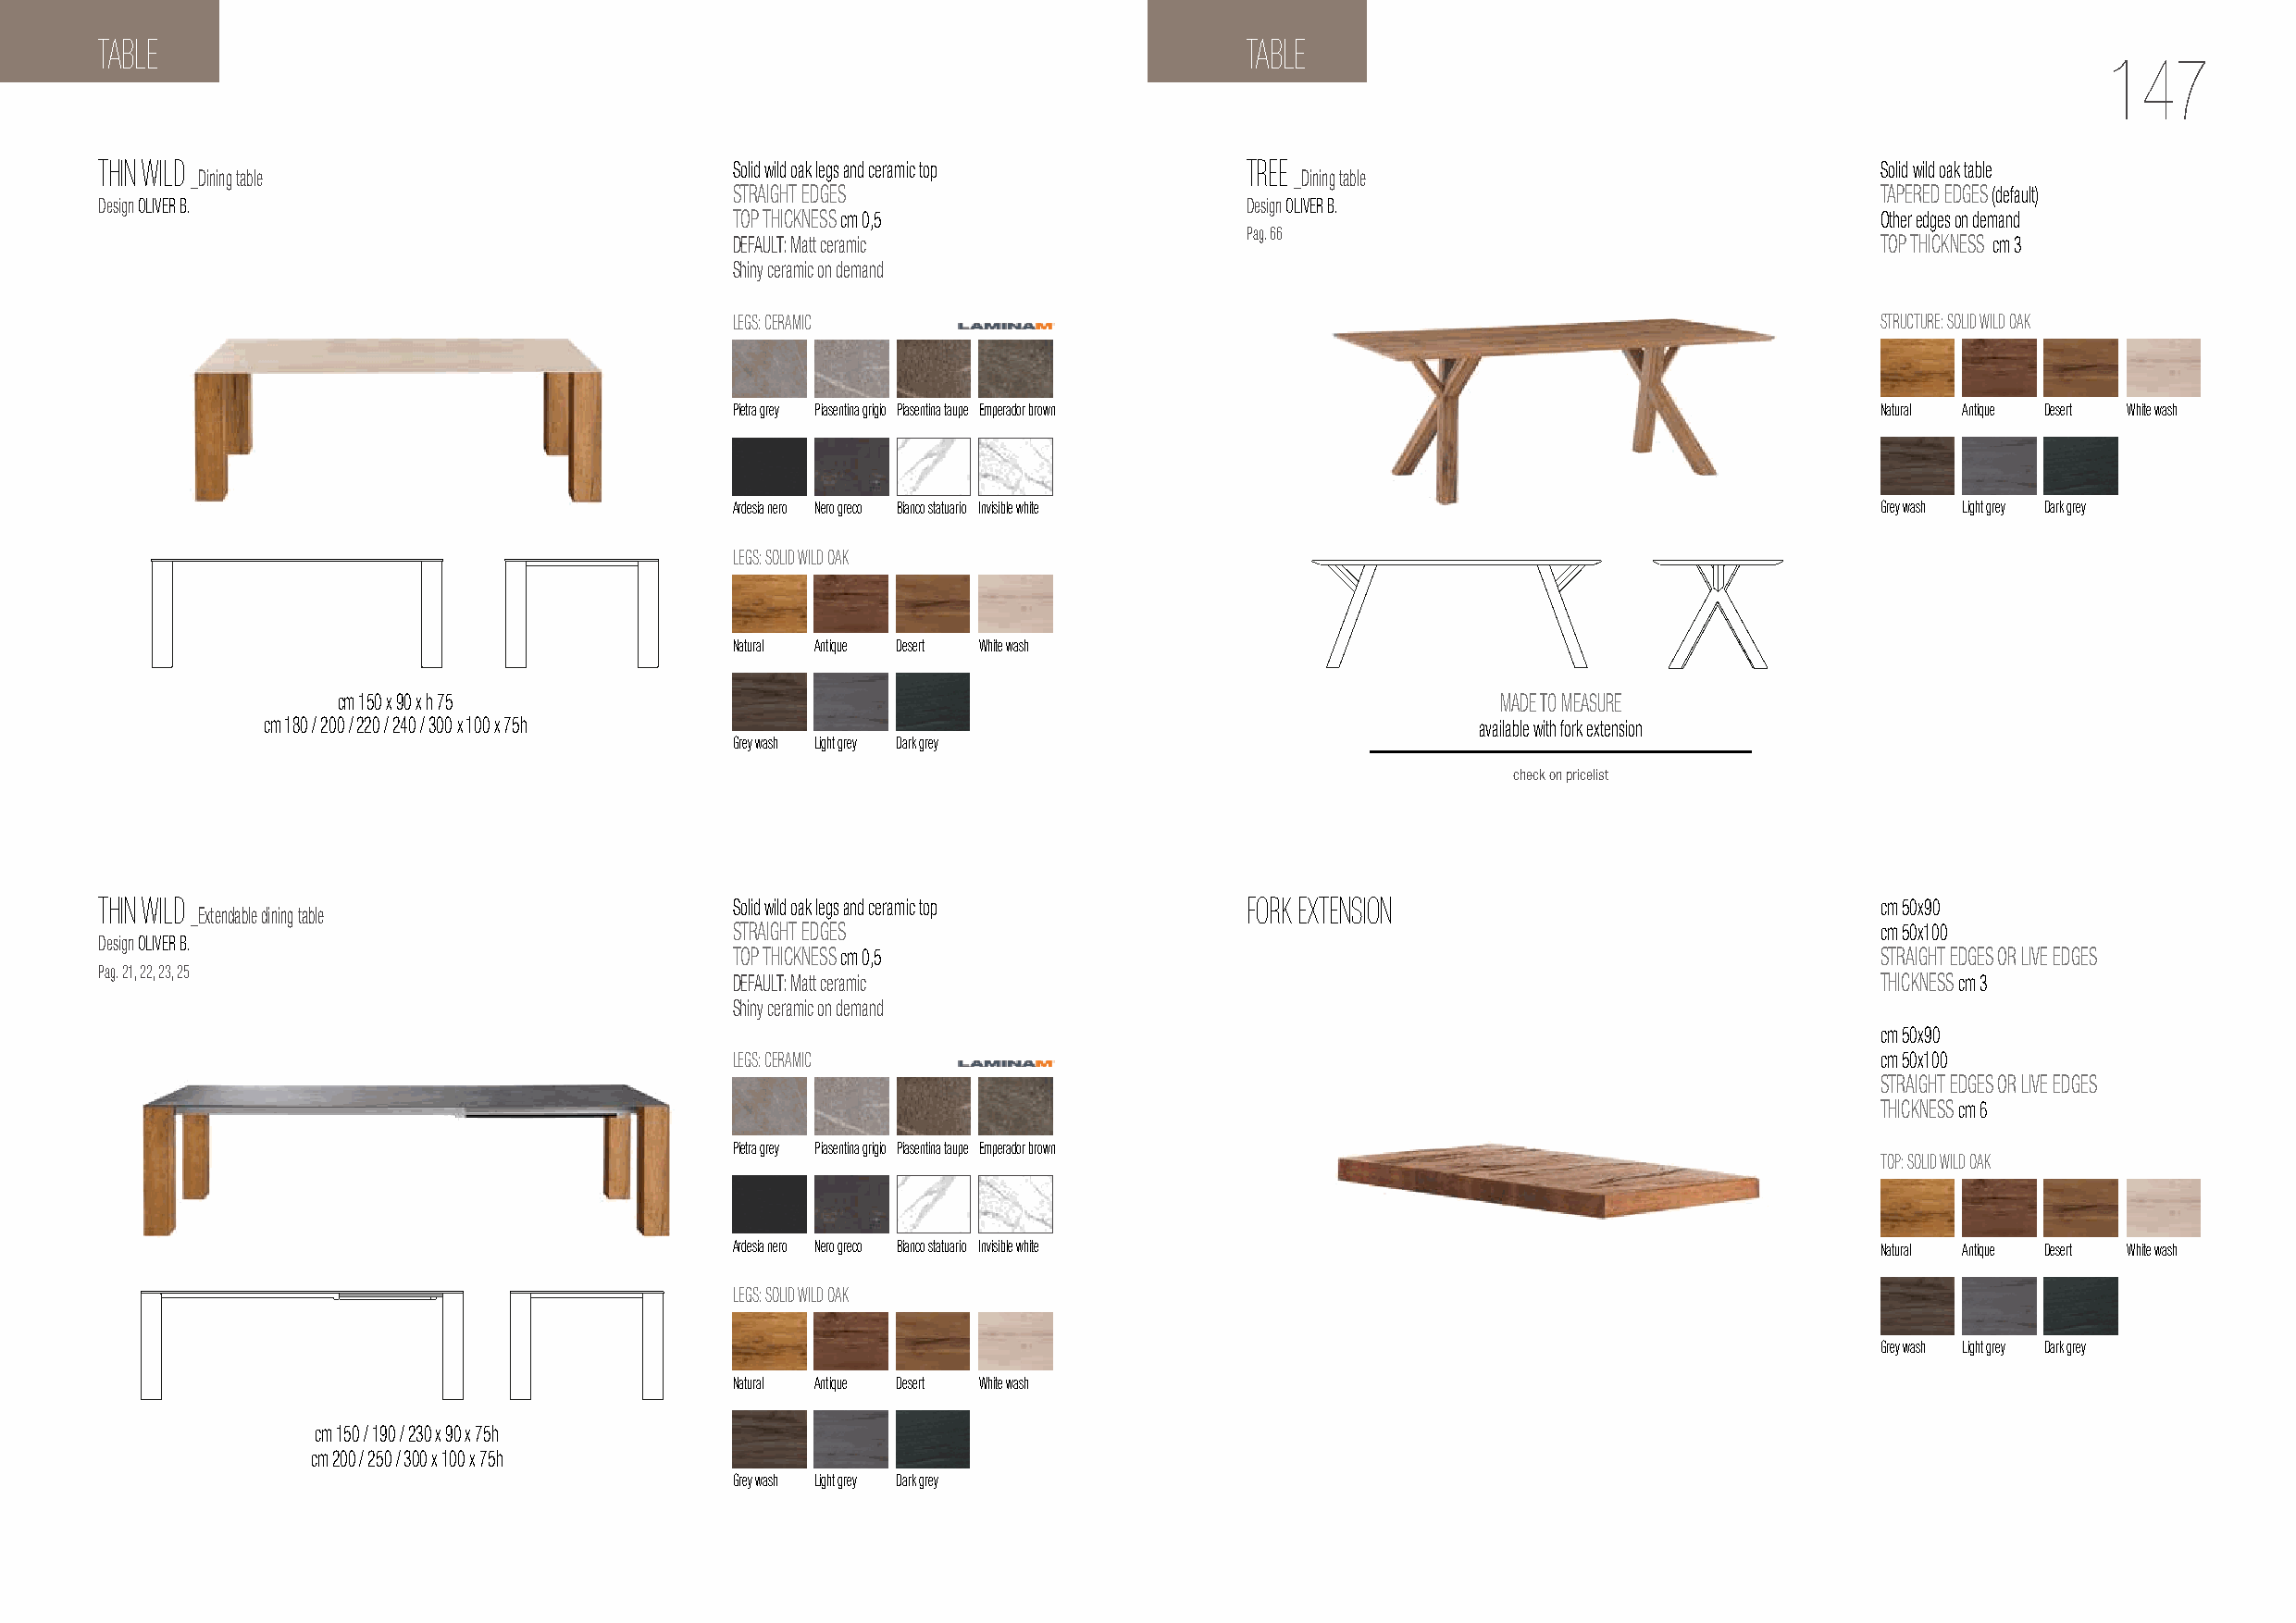
TABLE                                                                             TABLE
 147
 THIN WILD                                    Solid wild oak legs and ceramic top  TREE                                         Solid wild oak table
 _Dining table                                                                  _Dining table
 STRAIGHT EDGES                                                                    TAPERED EDGES (default)
 Design OLIVER B.                                                                  Design OLIVER B.
 TOP THICKNESS cm 0,5                                                              Other edges on demand
 Pag. 66
 DEFAULT: Matt ceramic                                                             TOP THICKNESS cm 3
 Shiny ceramic on demand
 LEGS: CERAMIC                                                                      STRUCTURE: SOLID WILD OAK
 Pietra grey Piasentina grigio Piasentina taupe Emperador brown                    Natural Antique Desert White wash
 Ardesia nero Nero greco Bianco statuario Invisible white                          Grey wash Light grey Dark grey
 LEGS: SOLID WILD OAK
 Natural Antique Desert White wash
 cm 150 x 90 x h 75                                                                 MADE TO MEASURE
 cm 180 / 200 / 220 / 240 / 300 x 100 x 75h                                             available with fork extension
 Grey wash Light grey Dark grey
 check on pricelist
 THIN WILD                                    Solid wild oak legs and ceramic top  FORK EXTENSION                               cm 50x90
 _Extendable dining table
 STRAIGHT EDGES                                                                    cm 50x100
 Design OLIVER B.
 TOP THICKNESS cm 0,5                                                              STRAIGHT EDGES OR LIVE EDGES
 Pag. 21, 22, 23, 25
 DEFAULT: Matt ceramic                                                             THICKNESS cm 3
 Shiny ceramic on demand
 cm 50x90
 LEGS: CERAMIC                                                                     cm 50x100
 STRAIGHT EDGES OR LIVE EDGES
 THICKNESS cm 6
 Pietra grey Piasentina grigio Piasentina taupe Emperador brown
 TOP: SOLID WILD OAK
 Ardesia nero Nero greco Bianco statuario Invisible white                          Natural Antique Desert White wash
 LEGS: SOLID WILD OAK
 Grey wash Light grey Dark grey
 Natural Antique Desert White wash
 cm 150 / 190 / 230 x 90 x 75h
 cm 200 / 250 / 300 x 100 x 75h
 Grey wash Light grey Dark grey